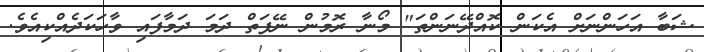
ޝަބާ އަހަންނަށް އެކަން ކޮއްދޭނަންތަ" މޯނާ ރޮމުން ނޭފަތް ދަމަ ދަމާފައި ވާހަކަދެއްކިއެވެ.